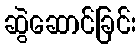
ဆွဲဆောင်ခြင်း